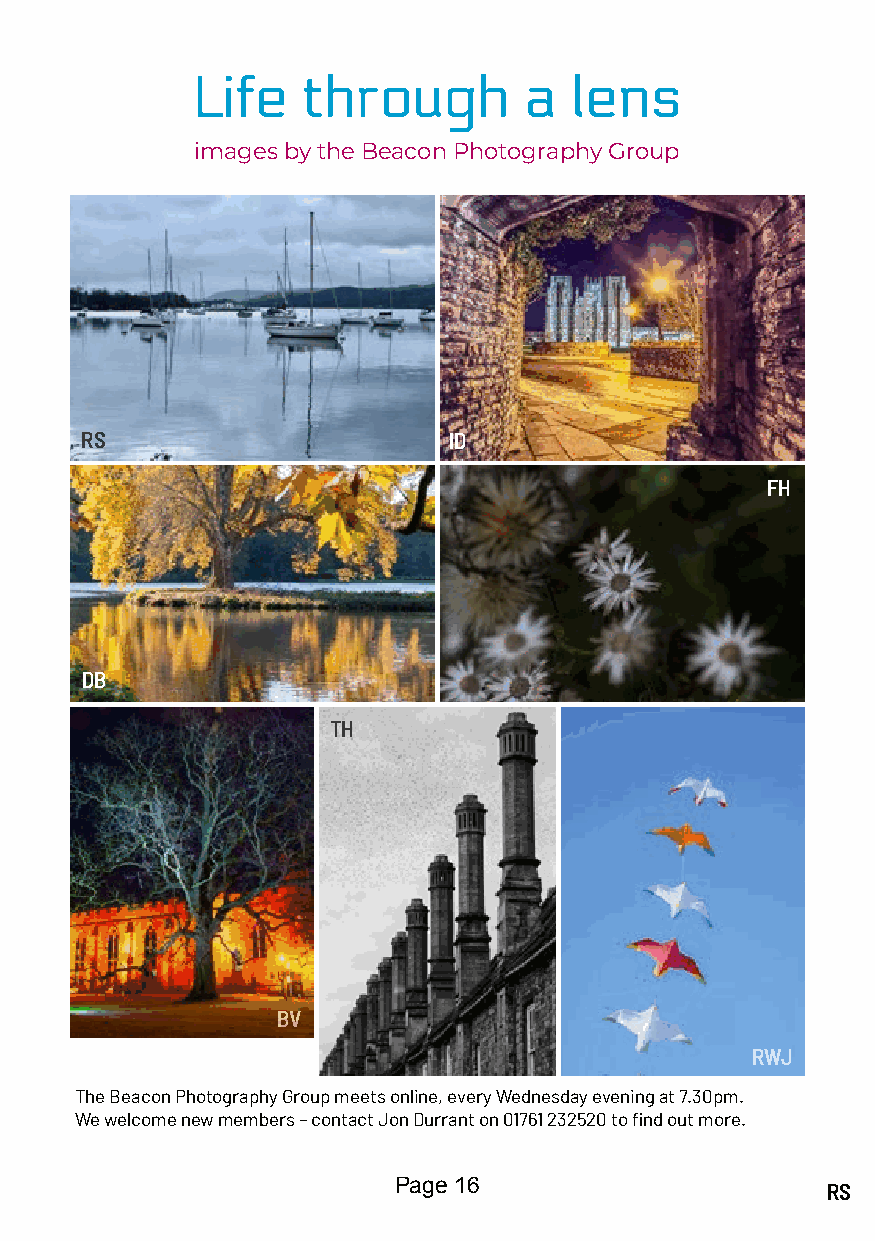
Life   through        a  lens
 images by the Beacon Photography Group
 RS                       ID
 FH
 DB
 DB               TH
 BV
 RWJ
 The Beacon Photography Group meets online, every Wednesday evening at 7.30pm.
 We welcome new members – contact Jon Durrant on 01761 232520 to find out more.
 Page 16                      RS